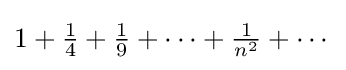
{\textstyle 1+{\frac {1}{4}}+{\frac {1}{9}}+\cdots +{\frac {1}{n^{2}}}+\cdots \,}